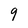
Character: 9